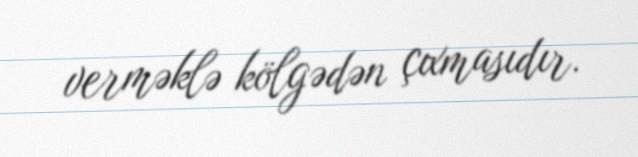
verməklə kölgədən çıxmasıdır.